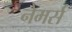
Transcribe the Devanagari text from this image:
नेमर्स